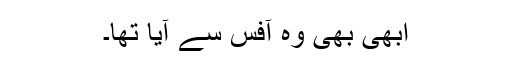
ابھی بھی وہ آفس سے آیا تھا۔